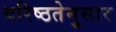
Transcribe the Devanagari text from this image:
वरिष्ठतेनुसार